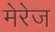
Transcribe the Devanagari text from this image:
मेरेज